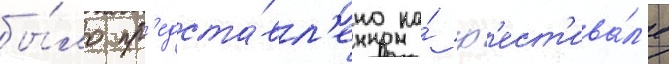
бы́ло пр'едста́вл'ено на́ ф'ест'ива́л'е